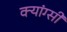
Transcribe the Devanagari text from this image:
क्यांग्सी